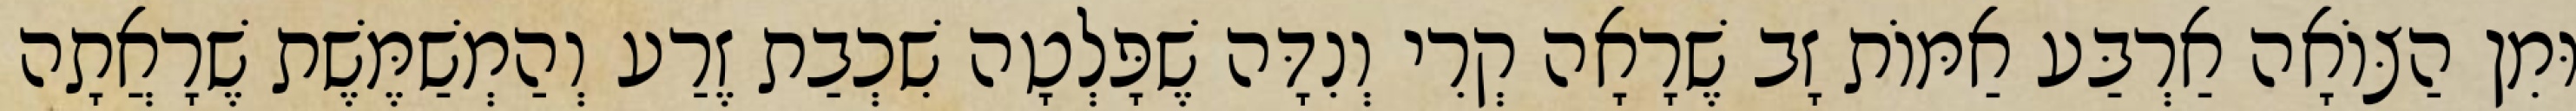
וּמִן הַצּוֹאָה אַרְבַּע אַמּוֹת זָב שֶׁרָאָה קְרִי וְנִדָּה שֶׁפָּלְטָה שִׁכְבַת זֶרַע וְהַמְשַׁמֶּשֶׁת שֶׁרָאֲתָה